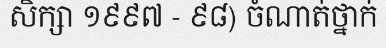
សិក្សា ១៩៩៧ - ៩៨) ចំណាត់ថ្នាក់